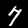
Digit: 7